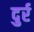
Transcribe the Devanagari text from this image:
दुर्र